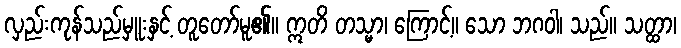
လှည်းကုန်သည်မှူးနှင့် တူတော်မူ၏။ ဣတိ တသ္မာ၊ ကြောင့်။ သော ဘဂဝါ၊ သည်။ သတ္ထာ၊